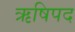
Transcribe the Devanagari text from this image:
ऋषिपद